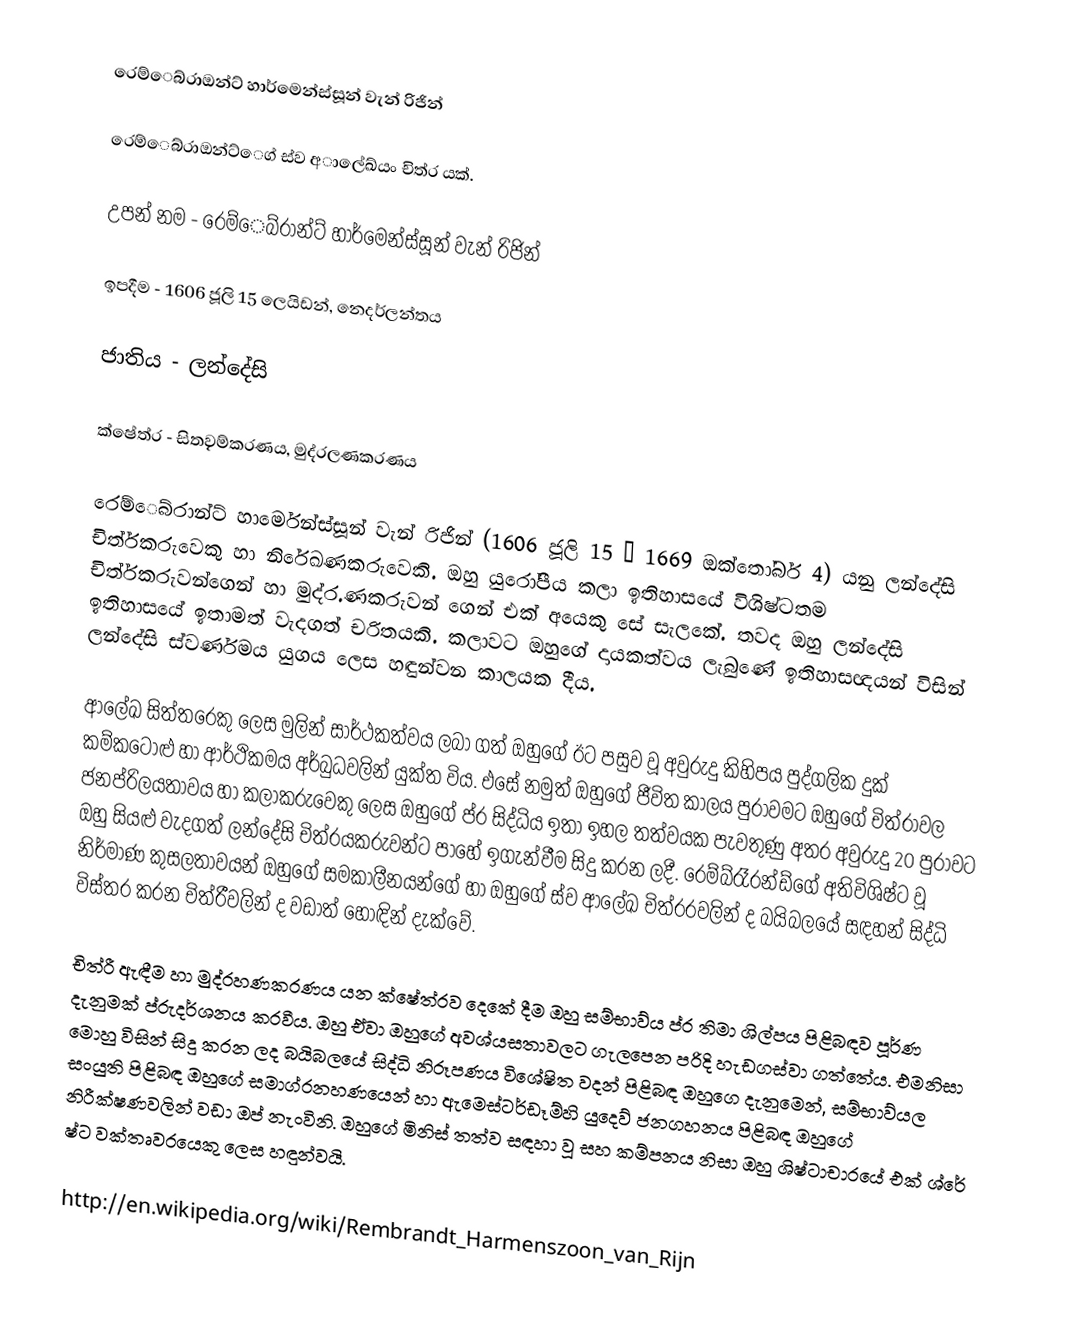
රෙම්ෙබ්රාඔන්ට් හාර්මෙන්ස්සූන් වැන් රිජින්

රෙම්ෙබ්රාඔන්ට්ෙග් ස්ව අාලේඛ්යං චිත්ර යක්.

උපන් නම 	-	රෙම්ෙබ්රා්න්ට් හාර්මෙන්ස්සූන් වැන් රිජින්

ඉපදීම		-	1606 ජූලි 15 ලෙයිඩන්, නෙදර්ලන්තය

ජාතිය		-	ලන්දේසි

ක්ෂේත්ර 		-	සිත˛වම්කරණය, මුද්රලණකරණය

රෙම්ෙබ්රා‍න්ට් හාර්මෙන්ස්සූන් වැන් රිජින් (1606 ජූලි 15 – 1669 ඔක්තෝබර් 4) යනු ලන්දේසි චිත්ර්කරුවෙකු හා නිරේඛණකරුවෙකි. ඔහු යුරෝපීය කලා ඉතිහාසයේ විශිෂ්ටතම චිත්ර්කරුවන්ගෙන් හා මුද්ර.ණකරුවන් ගෙන් එක් අයෙකු සේ සැලකේ. තවද ඔහු ලන්දේසි ඉතිහාසයේ ඉතාමත් වැදගත් චරිතයකි. කලාවට ඔහුගේ දායකත්වය ලැබුණේ ඉතිහාසඥයන් විසින් ලන්දේසි ස්වර්ණමය යුගය ලෙස හඳුන්වන කාලයක දීය.

ආලේඛ සිත්තරෙකු ලෙස මුලින් සාර්ථකත්වය ලබා ගත් ඔහුගේ ඊට පසුව වූ අවුරුදු කිහිපය පුද්ගලික දුක් කම්කටොළු හා ආර්ථිකමය අර්බුධවලින් යුක්ත විය. එසේ නමුත් ඔහුගේ ජීවිත කාලය පුරාවමට ඔහුගේ චිත්රාවල ජනප්රිලයතාවය හා කලාකරුවෙකු ලෙස ඔහුගේ ප්ර සිද්ධිය ඉතා ඉහල තත්වයක පැවතුණු අතර අවුරුදු 20 පුරාවට ඔහු සියළු වැදගත් ලන්දේසි චිත්රයකරුවන්ට පාහේ ඉගැන්වීම සිදු කරන ලදී. රෙම්බ්රෑරන්ඩ්ගේ අතිවිශිෂ්ට වූ නිර්මාණ කුසලතාවයන් ඔහුගේ සමකාලීනයන්ගේ හා ඔහුගේ ස්ව ආලේඛ චිත්රරවලින් ද බයිබලයේ සඳහන් සිද්ධි විස්තර කරන චිත්රීවලින් ද වඩාත් හොඳින් දැක්වේ.

චිත්රී ඇඳීම හා මුද්රහණකරණය යන ක්ෂේත්රව දෙකේ දීම ඔහු සම්භාව්ය  ප්ර තිමා ශිල්පය පිළිබඳව පූර්ණ දැනුමක් ප්රුදර්ශනය කරවීය. ඔහු ඒවා ඔහුගේ අවශ්යසතාවලට ගැලපෙන පරිදි හැඩගස්වා ගත්තේය. එමනිසා මොහු විසින් සිදු කරන ලද බයිබලයේ සිද්ධි නිරූපණය විශේෂිත වදන් පිළිබඳ ඔහුගෙ දැනුමෙන්, සම්භාව්යල සංයුති පිළිබඳ ඔහුගේ සමාග්රනහණයෙන් හා ඇමෙස්ටර්ඩෑම්හි යුදෙව් ජනගහනය පිළිබඳ ඔහුගේ නිරීක්ෂණවලින් වඩා ඔප් නැංවිනි. ඔහුගේ මිනිස් තත්ව සඳහා වූ සහ කම්පනය නිසා ඔහු ශිෂ්ටාචාරයේ එක් ශ්රේ ෂ්ට වක්තෘවරයෙකු ලෙස හඳුන්වයි‍.

http://en.wikipedia.org/wiki/Rembrandt_Harmenszoon_van_Rijn